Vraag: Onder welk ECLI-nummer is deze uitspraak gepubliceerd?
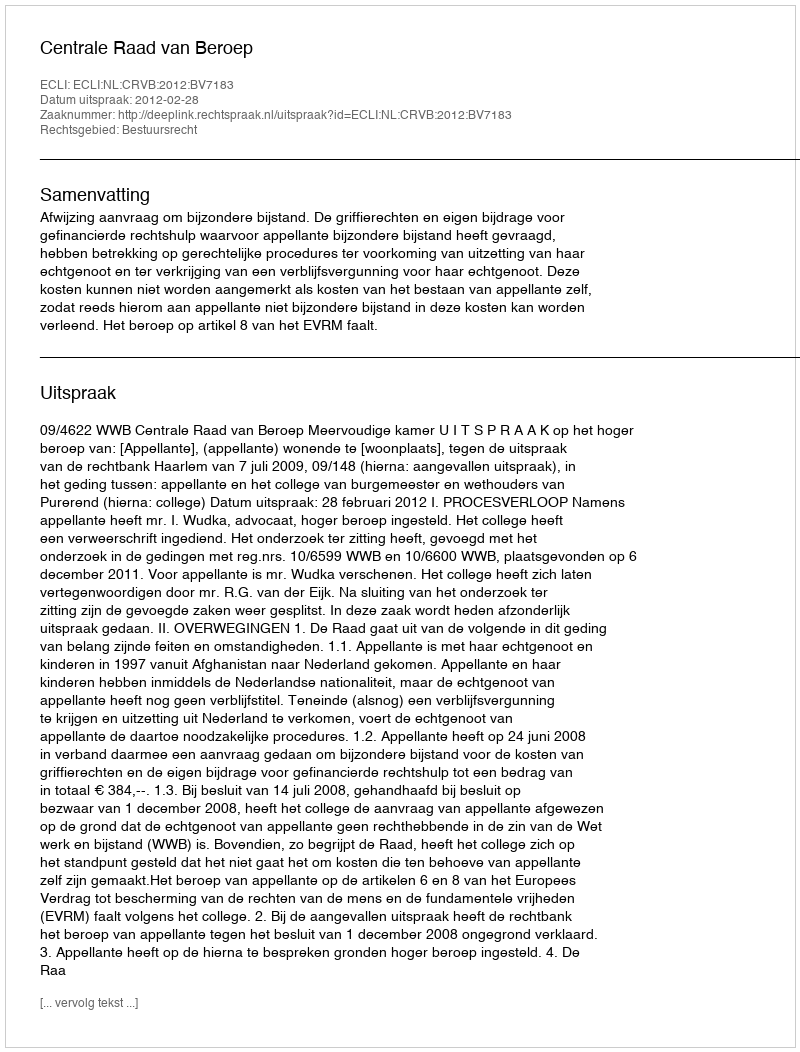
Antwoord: ECLI:NL:CRVB:2012:BV7183